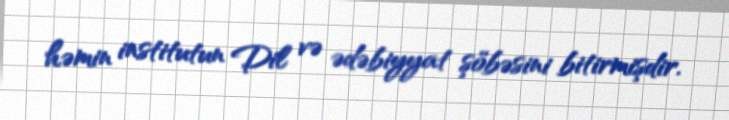
həmin institutun Dil və ədəbiyyat şöbəsini bitirmişdir.